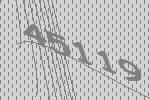
45119